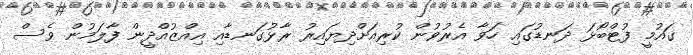
ގައުމީ ފުޓްބޯޅަ ދަނޑުގައި ހަވާ އެރުވުން ކުރިއަށްދިޔައިރު ރާޅުގަނޑާއި އިއްޒުއްދީން ފާލަމުން ވެސް